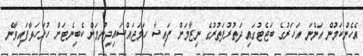
އެހެންކަމުން އަންނަ އަހަރުގެ ބަޖެޓުގައި ދަތުރުފަތުރުގެ ނިޒާމަށް ފައިސާ ހަމަޖައްސައިދިނުމަށް ކެބިނެޓަށް ހުށަހަޅާފައިވާނެ